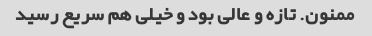
ممنون. تازه و عالی بود و خیلی هم سریع رسید